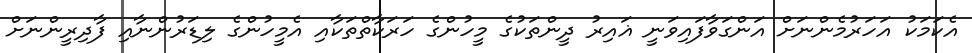
އެކަމަކު އަހަރުމެންނަށް އަންގަވާފައިވަނީ ޣައިރު ދީންތަކުގެ މީހުންގެ ހަރަކާތްތަކާއި އެމީހުންގެ ލިޑަރުންނާއި ފާދިރީންނަށް